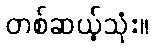
တစ်ဆယ့်သုံး။